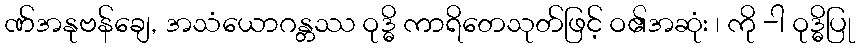
ဏ်အနုဗန်ချေ, အသံယောဂန္တဿ ဝုဒ္ဓိ ကာရိတေသုတ်ဖြင့် ဝ၏အဆုံး ၊ ကို -ါ ဝုဒ္ဓိပြု